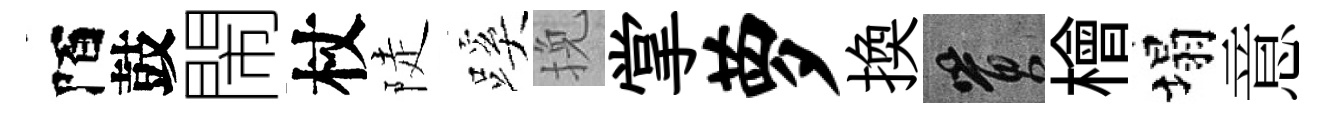
陌鼓閙杖陡蹊挽掌萝換篔檜塌意